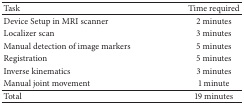
<table><thead><tr><td><b>Task</b></td><td><b>Time required</b></td></tr></thead><tbody><tr><td>Device setup in MRI scanner</td><td>2 minutes</td></tr><tr><td>Localizer scan</td><td>3 minutes</td></tr><tr><td>Manual detection of image markers</td><td>5 minutes</td></tr><tr><td>Registration</td><td>5 minutes</td></tr><tr><td>Inverse kinematics</td><td>3 minutes</td></tr><tr><td>Manual joint movement</td><td>1 minute</td></tr><tr><td>Total</td><td>19 minutes</td></tr></tbody></table>